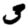
Digit: 3